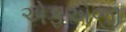
એફએજી